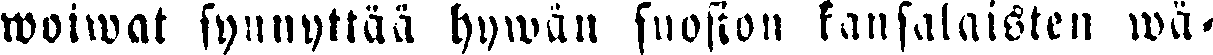
woiwat synnyttää hywän suosion kansalaisten wä-